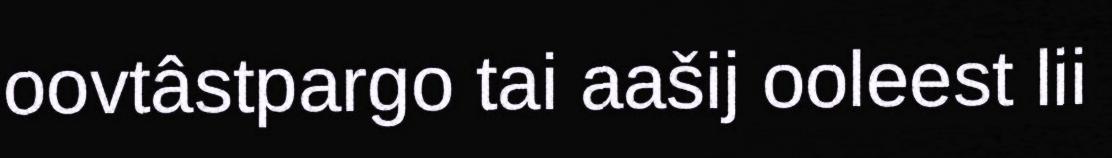
oovtâstpargo tai aašij ooleest lii